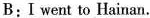
B: I went to Hainan.